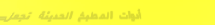
أدوات المطبخ الحديثة تجعل